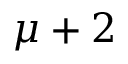
\mu + 2